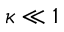
\kappa \ll 1